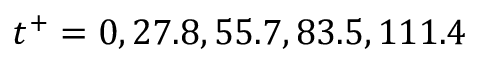
t ^ { + } = 0 , 2 7 . 8 , 5 5 . 7 , 8 3 . 5 , 1 1 1 . 4